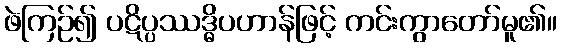
ဖဲကြဉ်၍ ပဋိပ္ပဿဒ္ဓိပဟာန်ဖြင့် ကင်းကွာတော်မူ၏။